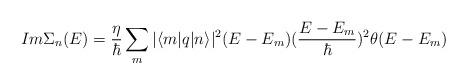
LaTeX: \begin{align*}Im \Sigma_{n}(E)= \frac{\eta}{\hbar}\sum_{m}|\langle m|q|n\rangle|^{2}(E - E_{m})(\frac{E - E_{m}}{\hbar})^{2}\theta(E - E_{m})\end{align*}